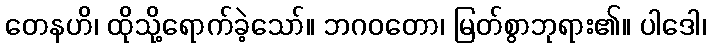
တေနဟိ၊ ထိုသို့ရောက်ခဲ့သော်။ ဘဂဝတော၊ မြတ်စွာဘုရား၏။ ပါဒေါ၊